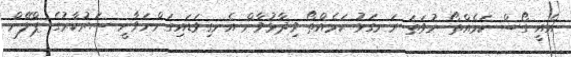
އެއީ ގޯސް ކަމެއްތޯ ނުވަތަ ރަނގަޅު ކަމެއްތޯ ވިދާޅުވާން އެނގިވަޑައިގަންނަވާނީ ސަރުކާރުގެ ޕްލޭން